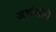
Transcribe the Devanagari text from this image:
अशांतीचे